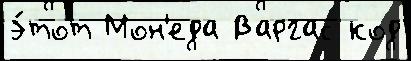
э́тот Мон'еда Варгас код